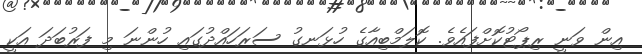
އިން ވަނީ ރިޕޯޓުކޮށްފައެވެ. ކޮލަމްބިއާގެ ހުޅަނގު ސަރަހައްދުގައި ހުންނަ މި ފަރުބަދަ އަކީ